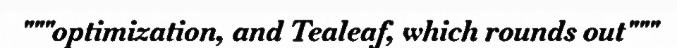
"""optimization, and Tealeaf, which rounds out"""